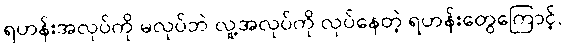
ရဟန်းအလုပ်ကို မလုပ်ဘဲ လူ့အလုပ်ကို လုပ်နေတဲ့ ရဟန်းတွေကြောင့်,